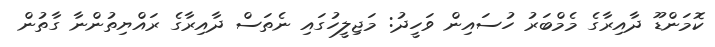
ކޮމަންޑޫ ދާއިރާގެ މެމްބަރު ހުސައިން ވަހީދު: މަޖިލީހުގައި ނެތަސް ދާއިރާގެ ރައްޔިތުންނާ ގާތުން